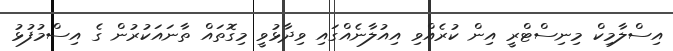
އިސްލާމިކް މިނިސްޓްރީ އިން ކުރެއްވި އިއުލާނެއްގައި ވިދާޅުވީ މިގޮތައް ތާނައަކުރުން ގެ އިސްމުފުޅު